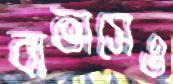
বাতাসেও